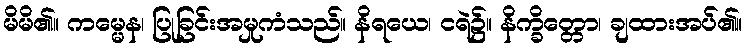
မိမိ၏။ ကမ္မေန၊ ပြုခြင်းအမှုကံသည်။ နိရယေ၊ ငရဲ၌။ နိက္ခိတ္တော၊ ချထားအပ်၏။